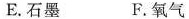
E.石墨 F.氧气